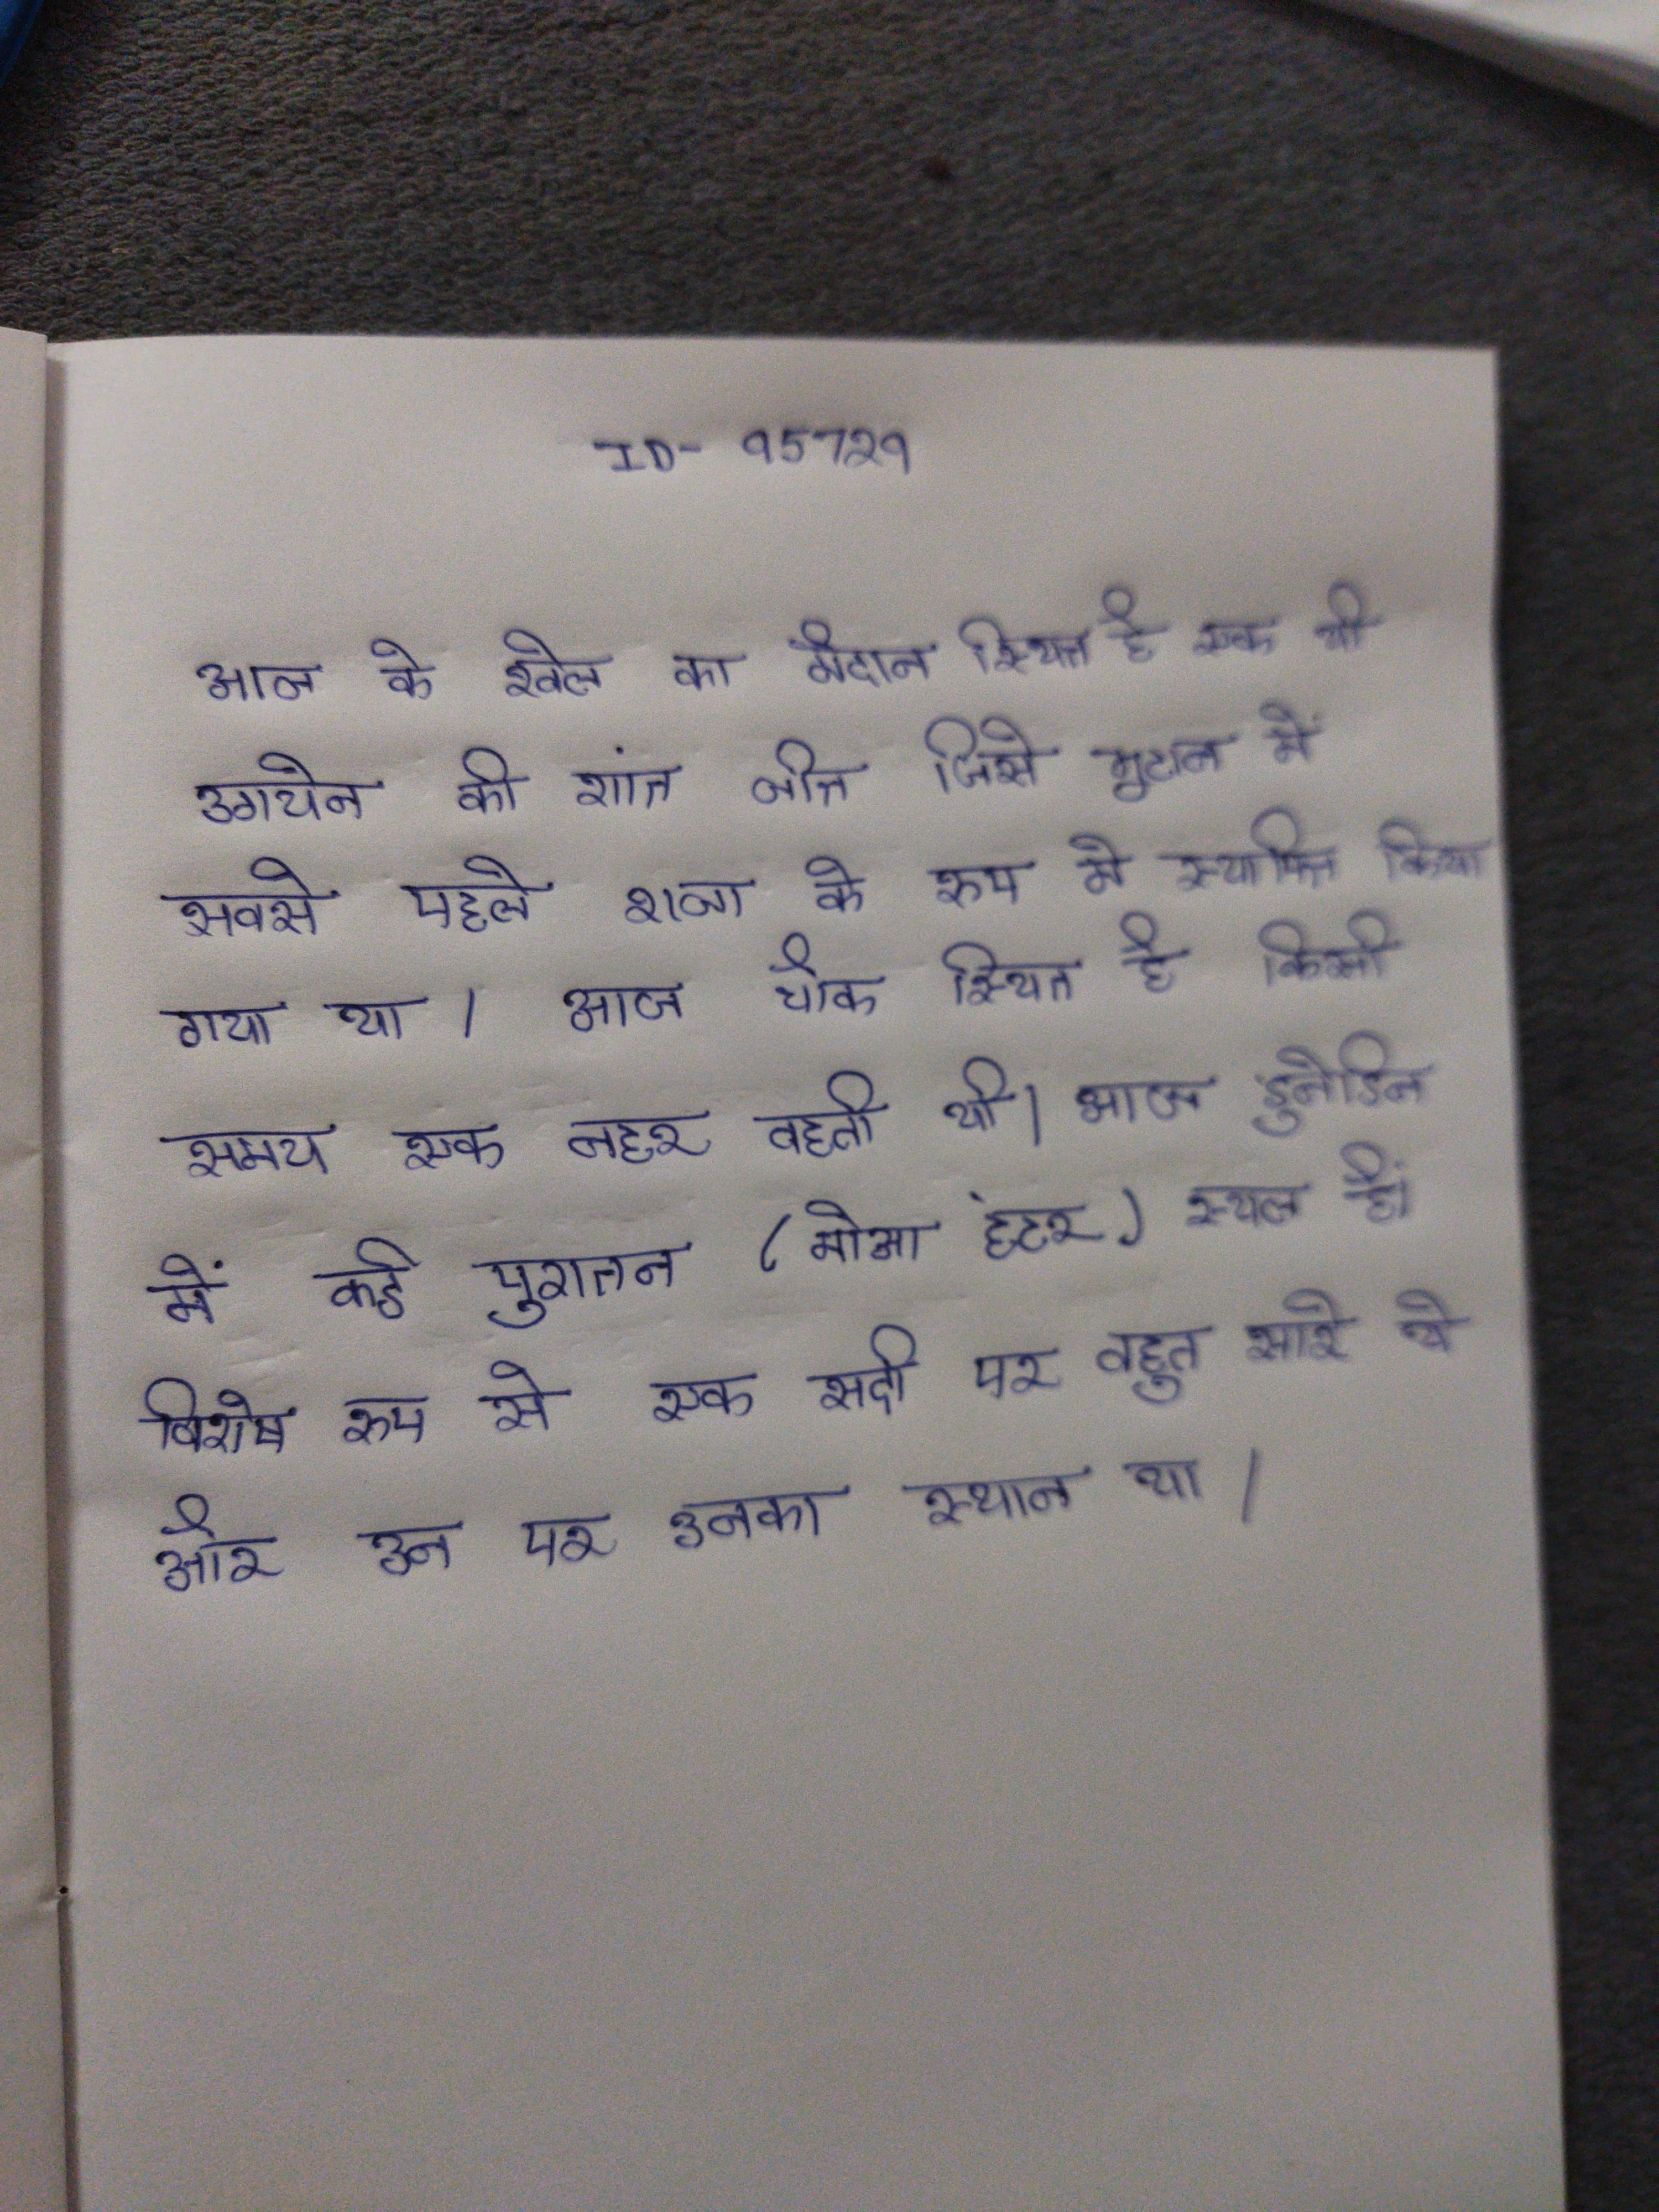
आज खेल का मैदान स्थित है पर एक गई थी उगयेन की निर्णायक जीत ने भूटान के पहले राजा के रूप स्थापित कर दिया । आज चौक स्थित है, किसी समय एक नहर बहा करती थी । आज डुनेडिन है कई पुरातन (मोआ शिकारी) स्थल से कई स्थल, खास तौर पर सदी बहुत थे और उन पर उनका स्थायी था ।